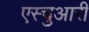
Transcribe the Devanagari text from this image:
एस्चुआरी